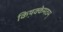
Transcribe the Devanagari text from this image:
किष़क्केमठम्